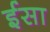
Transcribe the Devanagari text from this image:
र्इसा